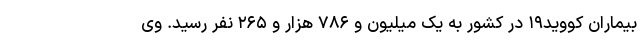
بیماران کووید۱۹ در کشور به یک میلیون و ۷۸۶ هزار و ۲۶۵ نفر رسید. وی